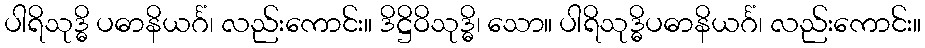
ပါရိသုဒ္ဓိ ပဓာနိယင်္ဂံ၊ လည်းကောင်း။ ဒိဋ္ဌိဝိသုဒ္ဓိ၊ သော။ ပါရိသုဒ္ဓိပဓာနိယင်္ဂံ၊ လည်းကောင်း။